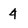
Character: 4